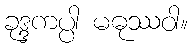
ခုဒ္ဒကပ္ပါ မဓုဿဝါ။